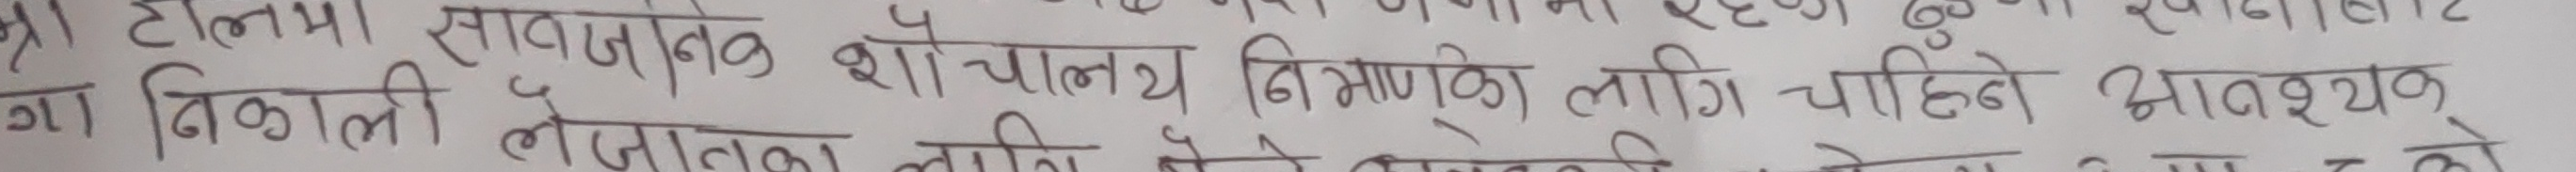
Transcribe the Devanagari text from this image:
को टालमा। सार्वजनिक शौचालय निर्माणका लागि चाहिने आवश्यक
गा बिकालै नेपालमा लागि के हो